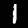
Label: 1